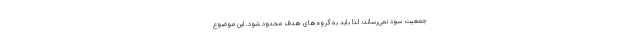
جمعیت سود نمی‌رساند؛ لذا باید به گروه‌های هدف محدود شود. این موضوع